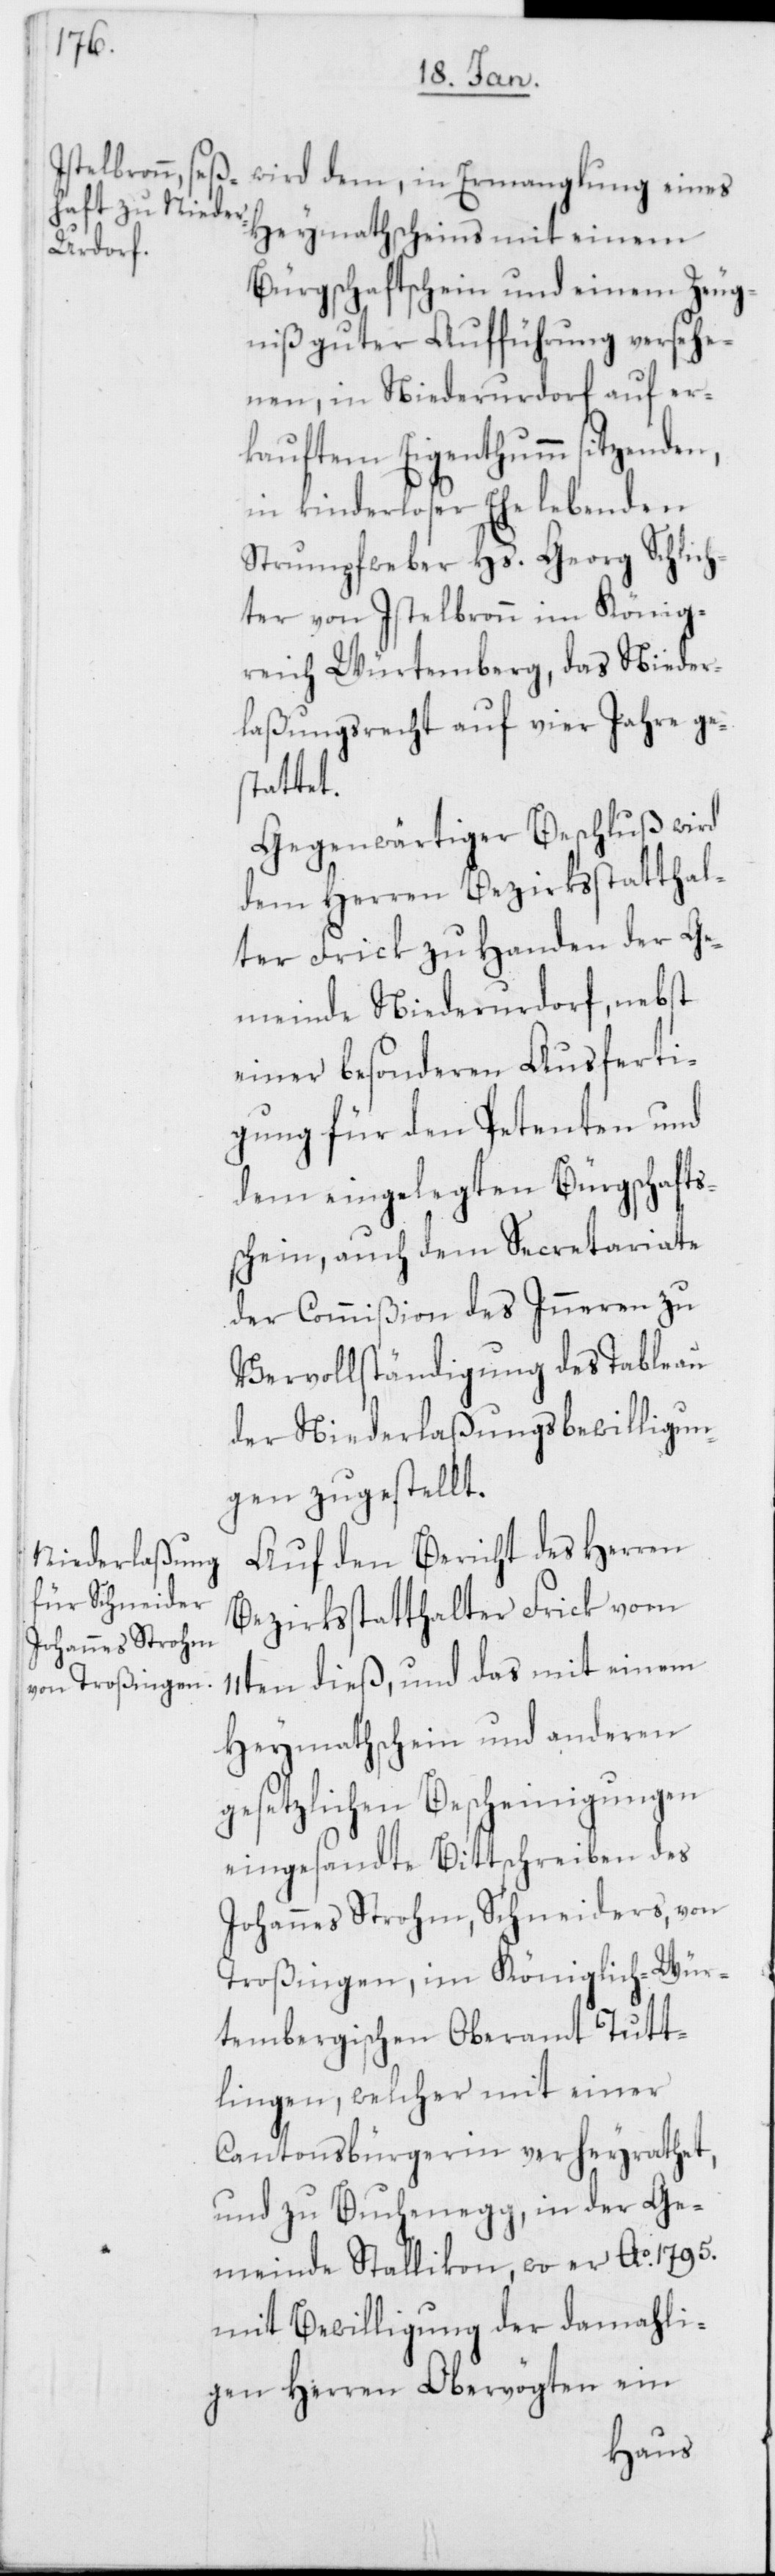
Bürgschaftschein und einem Zeug¬
niß guter Aufführung versehe¬
nen, in Niederurdorf auf er¬
kauftem Eigenthumm sitzenden,
in kinderloser Ehe lebenden
Strumpfweber Hs. Georg Schlich¬
ter von Istelbronn im König¬
reich Würtemberg, das Nieder¬
laßungsrecht auf vier Jahre ge¬
stattet.
Gegenwärtiger Beschluß wird
dem Herren Bezirksstatthal¬
ter Frick zu Handen der Ge¬
meinde Niederurdorf, nebst
einer besonderen Ausferti¬
gung für den Petenten und
dem eingelegten Bürgschafts¬
schein, auch dem Secretariate
der Commißion des Inneren zu
Vervollständigung des Tableau
der Niederlaßungsbewilligun¬
gen zugestellt.
Auf den Bericht des Herren
Bezirksstatthalter Frick vom
11ten dieß, und das mit einem
Heymathschein und anderen
gesetzlichen Bescheinigungen
eingesandte Bittschreiben des
Johannes Strohm, Schneiders, von
Troßingen, im Königlich-Wür¬
tembergischen Oberamt Tutt¬
lingen, welcher mit einer
Cantonsbürgerin verheyrathet,
und zu Buchenegg, in der Ge¬
meinde Stallikon, wo er Ao. 1795.
mit Bewilligung der damahli¬
gen Herren Obervögten ein